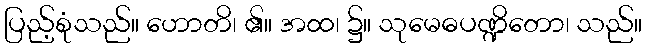
ပြည့်စုံသည်။ ဟောတိ၊ ၏။ အထ၊ ၌။ သုမေဓပဏ္ဍိတော၊ သည်။